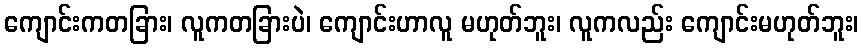
ကျောင်းကတခြား၊ လူကတခြားပဲ၊ ကျောင်းဟာလူ မဟုတ်ဘူး၊ လူကလည်း ကျောင်းမဟုတ်ဘူး၊